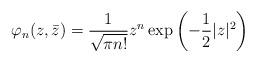
LaTeX: \begin{align*}\varphi_n(z, \bar z ) = { 1 \over \sqrt{\pi n !}} z^n \exp\left ( - {1 \over 2} | z |^2 \right )\end{align*}